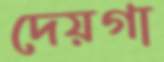
দেয়গা